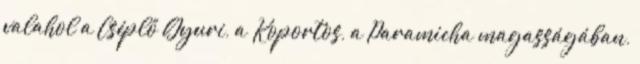
valahol a Cséplő Gyuri, a Koportos, a Paramicha magasságában,